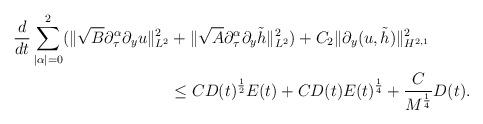
LaTeX: \begin{align*}\frac d{dt}\sum\limits_{|\alpha|=0}^{2}(\|\sqrt{B}\partial_\tau^\alpha\partial_y u\|_{L^2}^2&+\|\sqrt{A}\partial_\tau^\alpha\partial_y\tilde{h}\|_{L^2}^2)+C_2\|\partial_y(u, \tilde{h})\|_{H^{2, 1}}^2\\&\le CD(t)^{\frac 12}E(t)+CD(t)E(t)^{\frac14}+\frac{C}{M^{\frac14}} D(t).\end{align*}